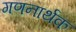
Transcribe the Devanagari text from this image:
गणनार्थक